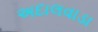
અદાલવાડા